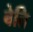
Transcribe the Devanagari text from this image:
बेति